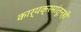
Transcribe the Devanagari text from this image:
कार्यक्रमांतूनही